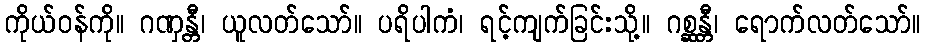
ကိုယ်ဝန်ကို။ ဂဏှန္တီ၊ ယူလတ်သော်။ ပရိပါကံ၊ ရင့်ကျက်ခြင်းသို့။ ဂစ္ဆန္တီ၊ ရောက်လတ်သော်။